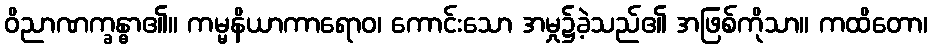
ဝိညာဏက္ခန္ဓာ၏။ ကမ္မနိယာကာရောဝ၊ ကောင်းသော အမှု၌ခဲ့သည်၏ အဖြစ်ကိုသာ။ ကထိတော၊